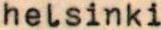
helsinki